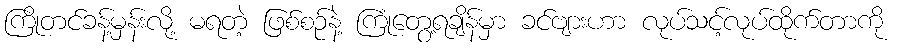
ကြိုတင်ခန့်မှန်းလို့ မရတဲ့ ဖြစ်စဉ်နဲ့ ကြုံတွေ့ရချိန်မှာ ခင်ဗျားဟာ လုပ်သင့်လုပ်ထိုက်တာကို